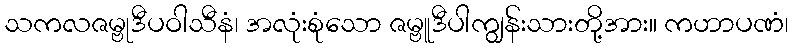
သကလဇမ္ဗုဒီပဝါသီနံ၊ အလုံးစုံသော ဇမ္ဗူဒီပါကျွန်းသားတို့အား။ ကဟာပဏံ၊